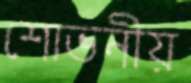
শোভনীয়